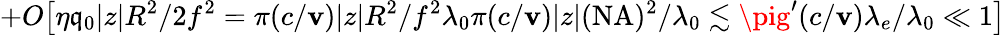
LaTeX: +O\big[\eta\mathfrak{q}_{0}|z|R^{2}/2f^{2}=\pi(c/\mathbf{v})|z|R^{2}/f^{2}\lambda_{0}\le\pi(c/\mathbf{v})|z|(\mathrm{{NA}})^{2}/\lambda_{0}\lesssim\pig^{\prime}(c/\mathbf{v})\lambda_{e}/\lambda_{0}\ll1\big]